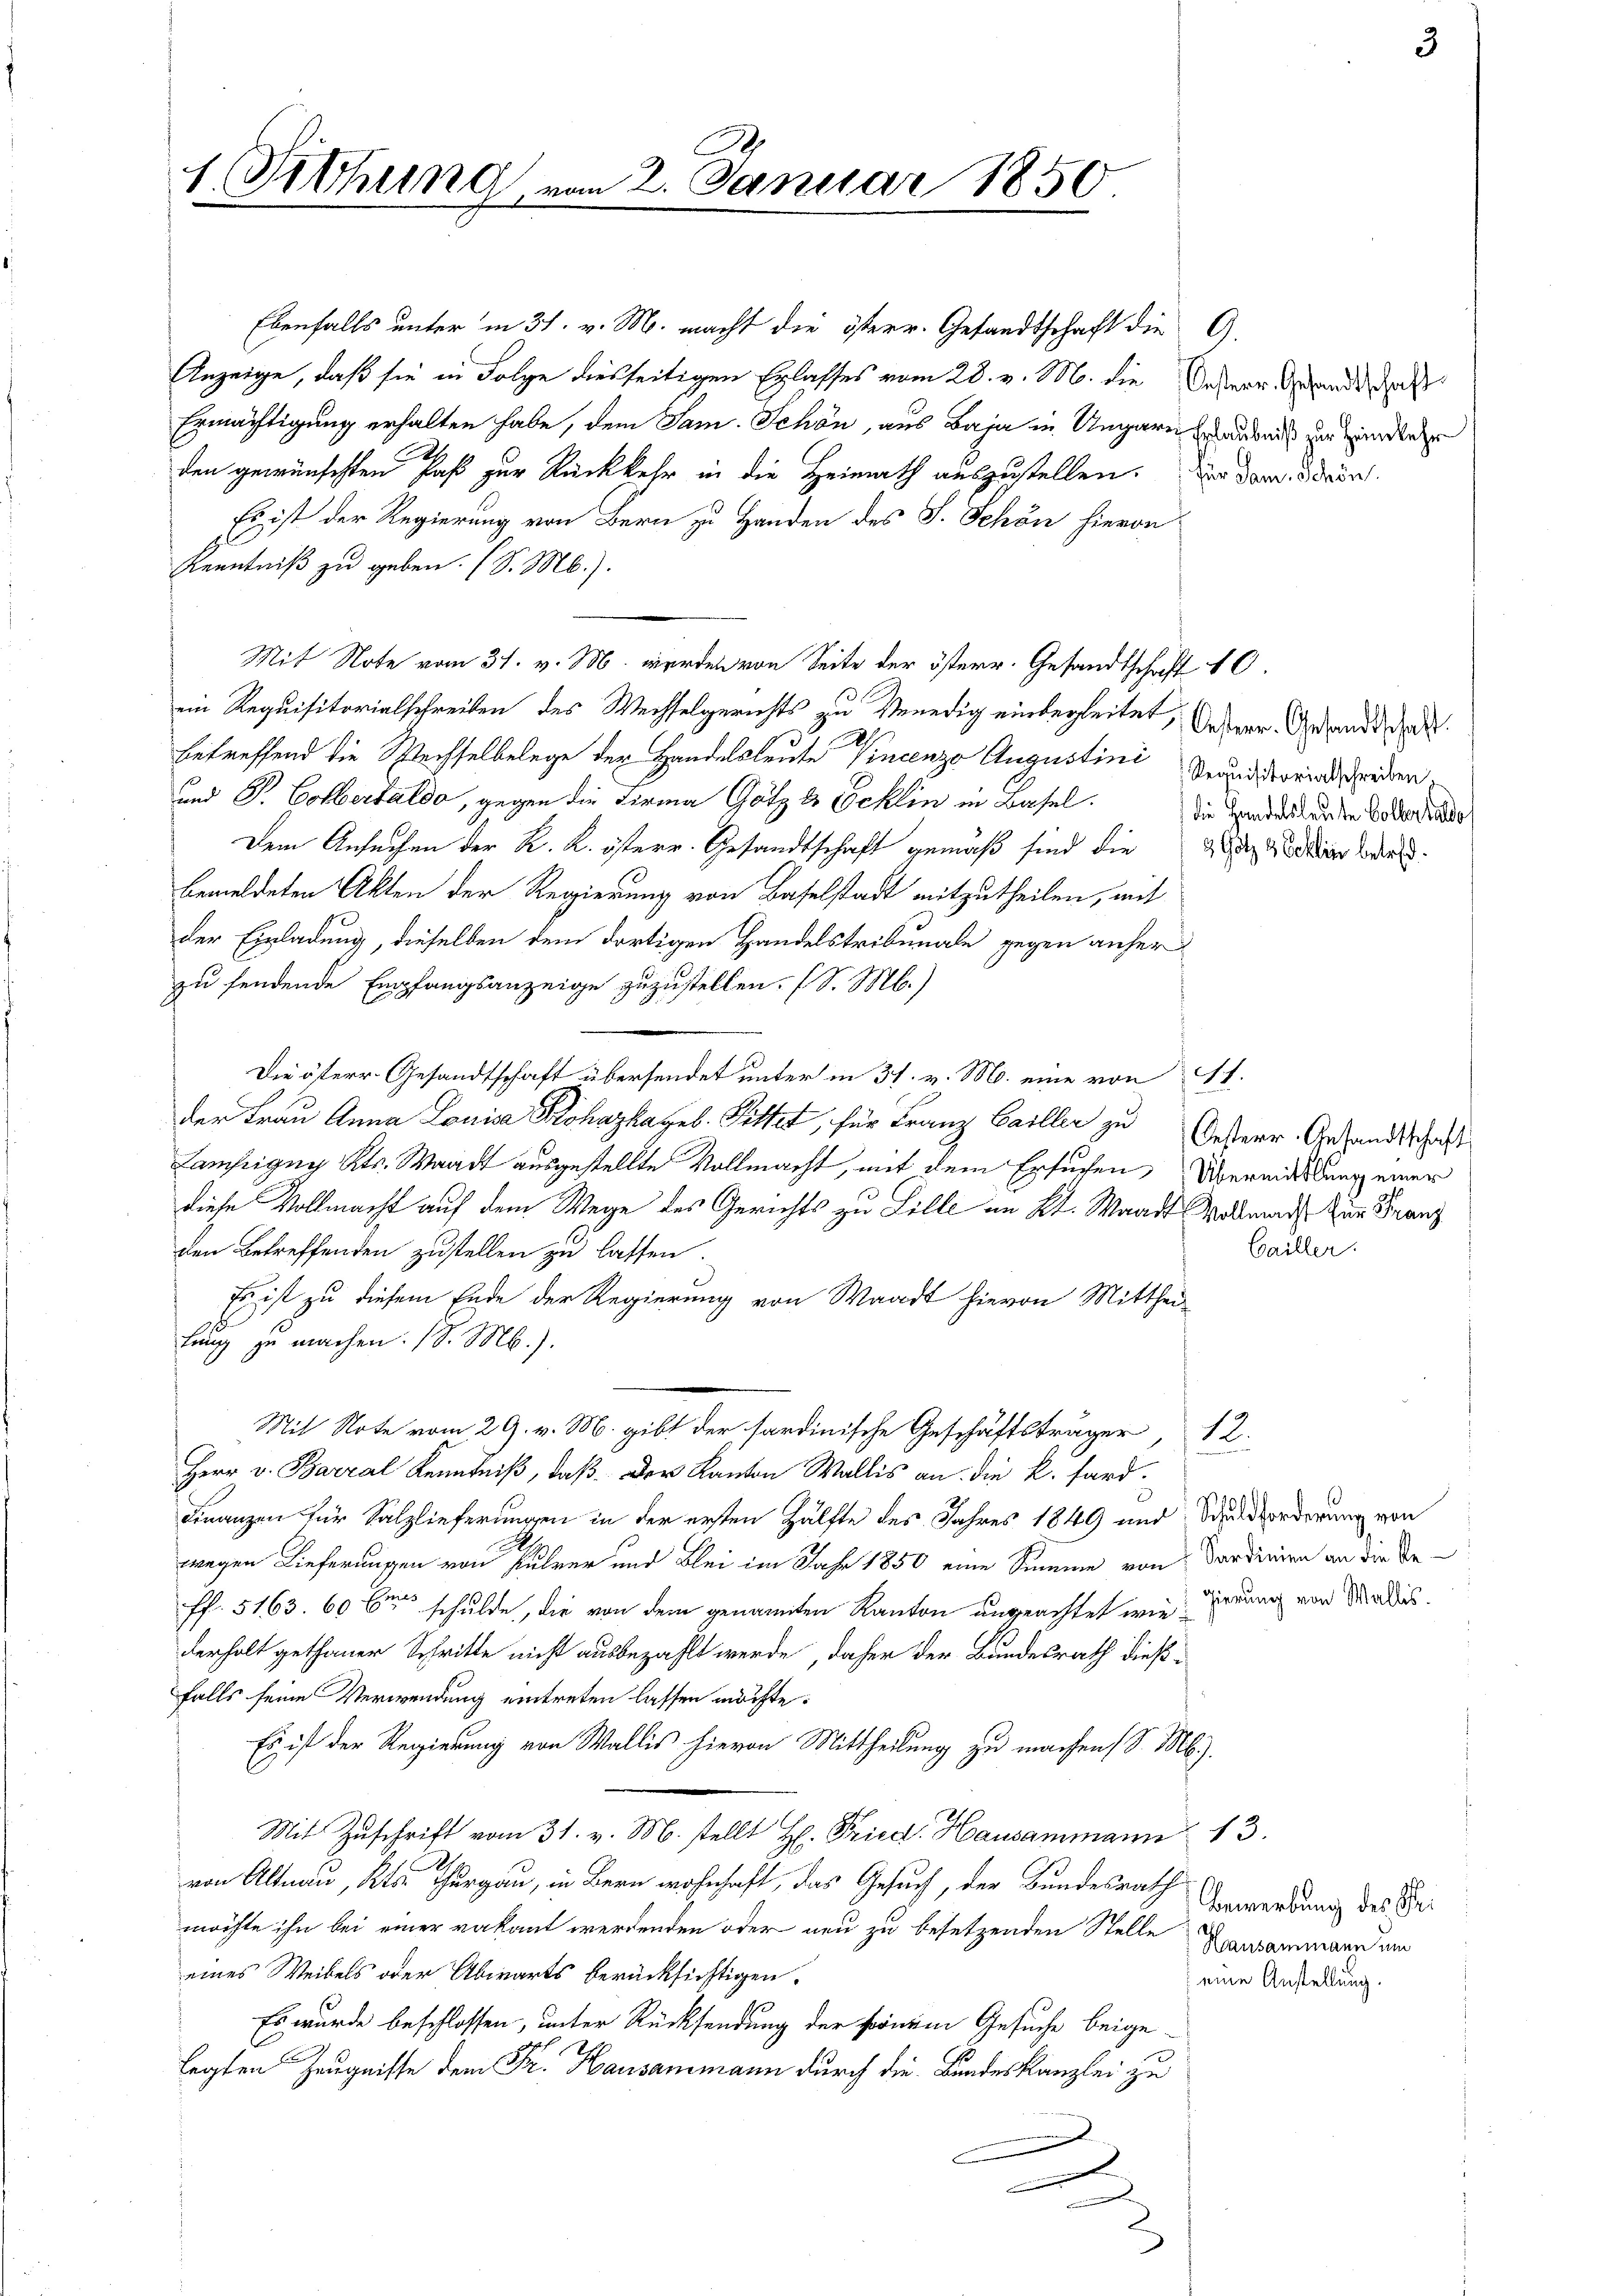
1. Sitzung, vom 2. Januar 1850

Ebenfalls unter in 31. v. M. macht die österr. Gesandtschaft die G.
Anzeige, daß sie in Folge diesseitigen Erlasses vom 28. v. M. die eherr Gegende, daß
Ermächtigung erhalten habe, dem Sam. Schön, aus Baja in Ungarn anonis zur Hundener
den gewünschten Paß zur Rückkehr in die Heimath auszustellen. Da dar Dein
Es ist der Regierung von Bern zu Handen des J. Schön hievon
Kenntniß zu geben. (S. M.).
Mit Note vom 31. v. M. werden von Seite der österr. Gesandtschaft 10.
ein Requisitorialschreiben des Wechselgerichts zu Venedig einbegleitet, Vener Gesandtschaf
betreffend die Wechselbelege der Handelsleute Vincenzo Augustini Veranddreien worden
and P. Colbertaldo, gegen die Firma Götz & Pocklin in Basel.
Dem Ansuchen der K. K. österr. Gesandtschaft gemäß sind die dahin bes
bemeldeten Akten der Regierung von Baselstadt mitzutheilen, mit
der Einladung, dieselben dem dortigen Handelstribunale gegen anher
zu sendende Empfangsanzeige zuzustellen. (S. M.)
Die österr. Gesandtschaft übersendet unter in 37. v. M. eine von Al.
der Frau Anna Louisa Bohaska geb. Pittet, für Franz Gailler zu Oesterr.-Gesandtschaft
Lampigny Kts. Waadt ausgestellte Vollmacht, mit dem Ersuchen, Übermittlung einer
diese Vollmacht auf dem Wege des Gerichts zu Sille im Kt. Waadt Woltmann zur Franz
den Betreffenden zustellen zu lassen.
Es ist zu diesem Ende der Regierung von Waadt hievon Mitthei-
fung zu machen. (S. M.).
Mit Note vom 29. v. M. gibt der sardinische Geschäftsträger 12.
Herr v. Barral Kenntniß, daß der Kanton Wallis an die k. fard.
Finanzen für Salzlieferungen in der ersten Hälfte des Jahres 1849 und Schuldforderung von
wegen Lieferungen von Rührer und Blei im Jahr 1850 eine Summe von Sardinien an die Be-
ff. 5163. 60 bis schulde, die von dem genannten Kanton ungeachtet wiederhalt gethaner Schritte nicht ausbezahlt werde, daher der Bundesrath dießfalls seine Verwendung eintreten lassen möchte.
Es ist der Regierung von Wallis hievon Mittheilung zu machen (S. Mb.).
Mit Zŭschrift vom 31. v. M. stellt H. Fried. Hausammann 13.
.
von Altnau, Kts. Thurgau, in Bern wohnhaft, das Gesuch, der Bundesrath
möchte ihn bei einer vakant werdenden oder neu zu besetzenden Stelle Landammann am
eines Weibels oder Abwarts berücksichtigen.
Es wurde beschlossen, unter Rücksendung der krönen Gesuche beige-
legten Zeugnisse dem Fr. Hausammann durch die Bundeskanzlei zu
2

n

die Handelsleute Collerhaldes

Gailler.

gierung von Wallis.

Bewerbung des Sei
eine Anstellung.